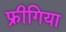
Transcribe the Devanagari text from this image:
फ्रीगिया